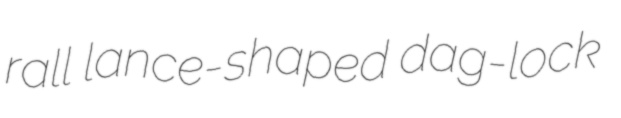
rall lance-shaped dag-lock